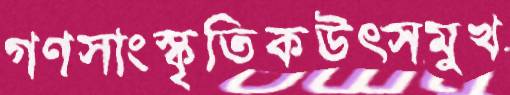
গণসাংস্কৃতিকউত্সমুখ